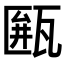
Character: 𤮖